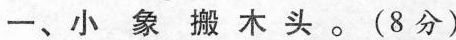
一、小象搬木头。（8分）